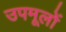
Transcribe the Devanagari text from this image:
उपमूलों